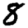
Digit: 8